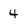
Character: 4